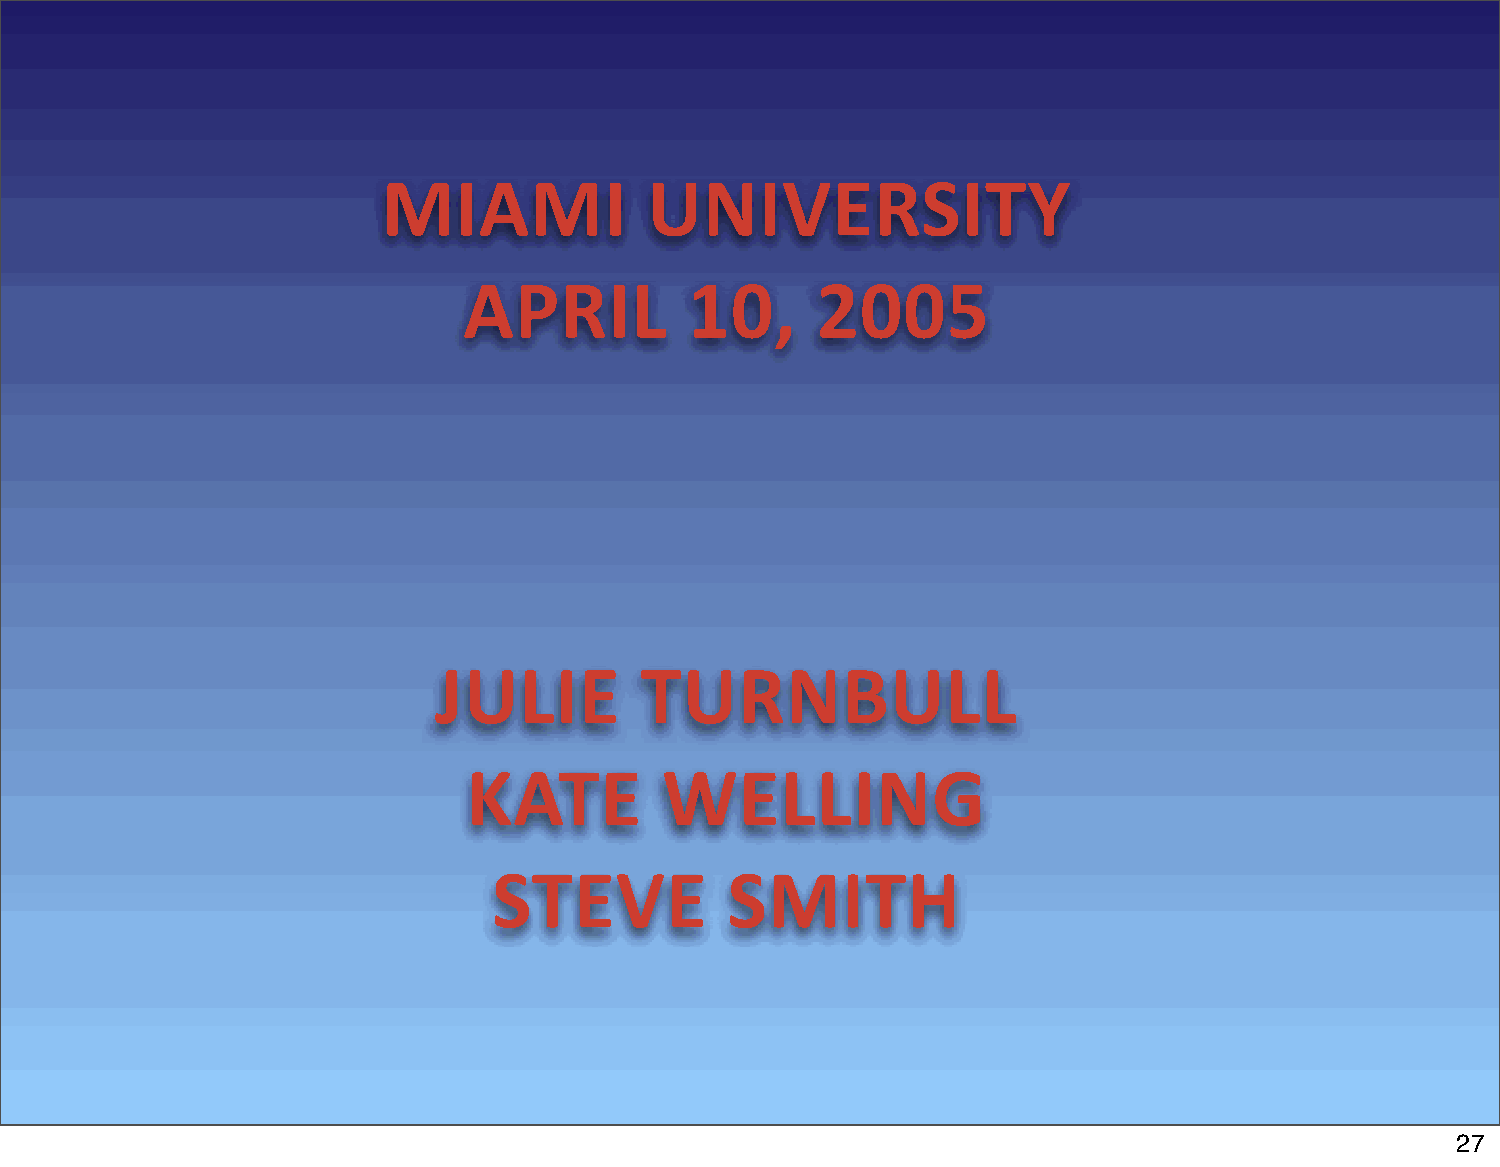
MIAMI             UNIVERSITY
 APRIL          10,     2005
 JULIE        TURNBULL
 KATE         WELLING
 STEVE          SMITH
 27